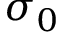
\sigma _ { 0 }